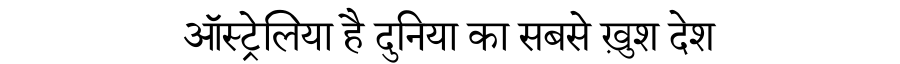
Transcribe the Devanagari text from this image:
ऑस्ट्रेलिया है दुनिया का सबसे ख़ुश देश